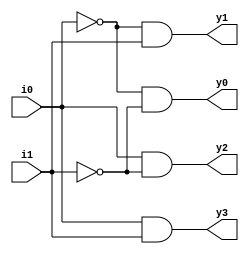
module dec4by2(
input i0,i1,
output y0,y1,y2,y3);
not(i0bar,i0);
not(i1bar,i1);

and(y0,i0bar,i1bar);
and(y1,i0bar,i1);
and(y2,i0,i1bar);
and(y3,i0,i1);

endmodule